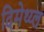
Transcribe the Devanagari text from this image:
दिमेथ्य्ल